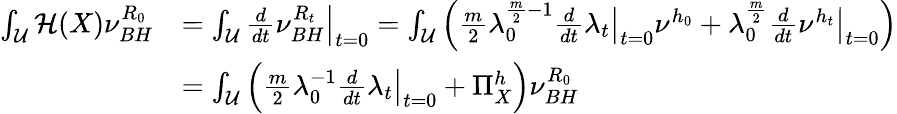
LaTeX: \begin{array}{rl}{\int_{\mathcal{U}}\mathcal{H}(X)\nu_{BH}^{R_{0}}}&{=\int_{\mathcal{U}}\left.\frac{d}{dt}\nu_{BH}^{R_{t}}\right\vert_{t=0}=\int_{\mathcal{U}}\left(\frac{m}{2}\lambda_{0}^{\frac{m}{2}-1}\left.\frac{d}{dt}\lambda_{t}\right\vert_{t=0}\nu^{h_{0}}+\lambda_{0}^{\frac{m}{2}}\left.\frac{d}{dt}\nu^{h_{t}}\right\vert_{t=0}\right)}\\ &{=\int_{\mathcal{U}}\left(\frac{m}{2}\lambda_{0}^{-1}\left.\frac{d}{dt}\lambda_{t}\right\vert_{t=0}+\Pi_{X}^{h}\right)\nu_{BH}^{R_{0}}}\end{array}